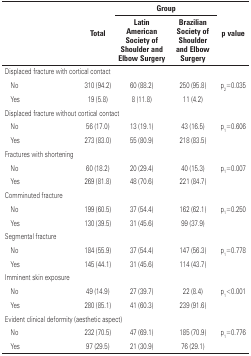
<table><thead><tr><td rowspan="3"><b> </b></td><td rowspan="3"><b>Total</b></td><td colspan="2"><b>Group</b></td><td rowspan="3"><b>p value</b></td></tr><tr><td><b>Latin American Society of Shoulder and Elbow Surgery</b></td><td><b>Brazilian Society of Shoulder and Elbow Surgery</b></td></tr></thead><tbody><tr><td colspan="5">Displaced fracture with cortical contact</td></tr><tr><td>No</td><td>310 (94.2)</td><td>60 (88.2)</td><td>250 (95.8)</td><td rowspan="2">p<sub>2</sub>=0.035</td></tr><tr><td>Yes</td><td>19 (5.8)</td><td>8 (11.8)</td><td>11 (4.2)</td></tr><tr><td colspan="5">Displaced fracture without cortical contact</td></tr><tr><td>No</td><td>56 (17.0)</td><td>13 (19.1)</td><td>43 (16.5)</td><td rowspan="2">p<sub>1</sub>=0.606</td></tr><tr><td>Yes</td><td>273 (83.0)</td><td>55 (80.9)</td><td>218 (83.5)</td></tr><tr><td colspan="5">Fractures with shortening</td></tr><tr><td>No</td><td>60 (18.2)</td><td>20 (29.4)</td><td>40 (15.3)</td><td rowspan="2">p<sub>1</sub>=0.007</td></tr><tr><td>Yes</td><td>269 (81.8)</td><td>48 (70.6)</td><td>221 (84.7)</td></tr><tr><td colspan="5">Comminuted fracture</td></tr><tr><td>No</td><td>199 (60.5)</td><td>37 (54.4)</td><td>162 (62.1)</td><td rowspan="2">p<sub>1</sub>=0.250</td></tr><tr><td>Yes</td><td>130 (39.5)</td><td>31 (45.6)</td><td>99 (37.9)</td></tr><tr><td colspan="5">Segmental fracture</td></tr><tr><td>No</td><td>184 (55.9)</td><td>37 (54.4)</td><td>147 (56.3)</td><td rowspan="2">p<sub>1</sub>=0.778</td></tr><tr><td>Yes</td><td>145 (44.1)</td><td>31 (45.6)</td><td>114 (43.7)</td></tr><tr><td colspan="5">Imminent skin exposure</td></tr><tr><td>No</td><td>49 (14.9)</td><td>27 (39.7)</td><td>22 (8.4)</td><td rowspan="2">p<sub>1</sub>&lt;0.001</td></tr><tr><td>Yes</td><td>280 (85.1)</td><td>41 (60.3)</td><td>239 (91.6)</td></tr><tr><td colspan="5">Evident clinical deformity (aesthetic aspect)</td></tr><tr><td>No</td><td>232 (70.5)</td><td>47 (69.1)</td><td>185 (70.9)</td><td rowspan="2">p<sub>1</sub>=0.776</td></tr><tr><td>Yes</td><td>97 (29.5)</td><td>21 (30.9)</td><td>76 (29.1)</td></tr></tbody></table>